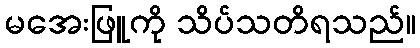
မအေးဖြူကို သိပ်သတိရသည်။